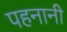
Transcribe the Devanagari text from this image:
पहनानी